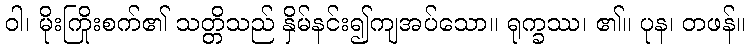
ဝါ၊ မိုးကြိုးစက်၏ သတ္တိသည် နှိမ်နင်း၍ကျအပ်သော။ ရုက္ခဿ၊ ၏။ ပုန၊ တဖန်။